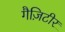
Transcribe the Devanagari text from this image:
गैज़िटीर